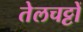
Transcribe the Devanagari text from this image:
तेलचट्टों